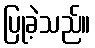
ပြုခဲ့သည်။